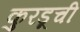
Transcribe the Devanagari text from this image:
कुरडूची